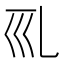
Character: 𠃞